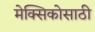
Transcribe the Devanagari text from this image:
मेक्सिकोसाठी